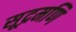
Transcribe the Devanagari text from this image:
सूद्रमणि